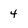
Character: 4